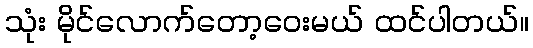
သုံး မိုင်လောက်တော့ဝေးမယ် ထင်ပါတယ်။